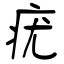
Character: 疣